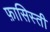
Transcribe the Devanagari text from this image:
फ़ासिस्ती